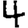
Digit: 4